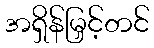
အရှိန်မြှင့်တင်